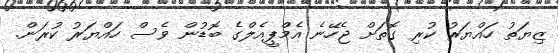
ޒިޔަތު ހައްޔަރު ކުރި ގޮތަށް ޖެހޭނެ އެމްޕީއެލްގެ ބޮޑުން ވެސް ހައްޔަރު ކުރަން.